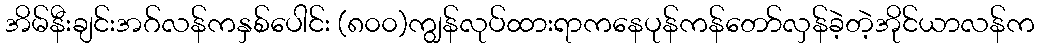
အိမ်နီးချင်းအဂ်လန်ကနှစ်ပေါင်း (၈၀၀)ကျွန်လုပ်ထားရာကနေပုန်ကန်တော်လှန်ခဲ့တဲ့အိုင်ယာလန်က